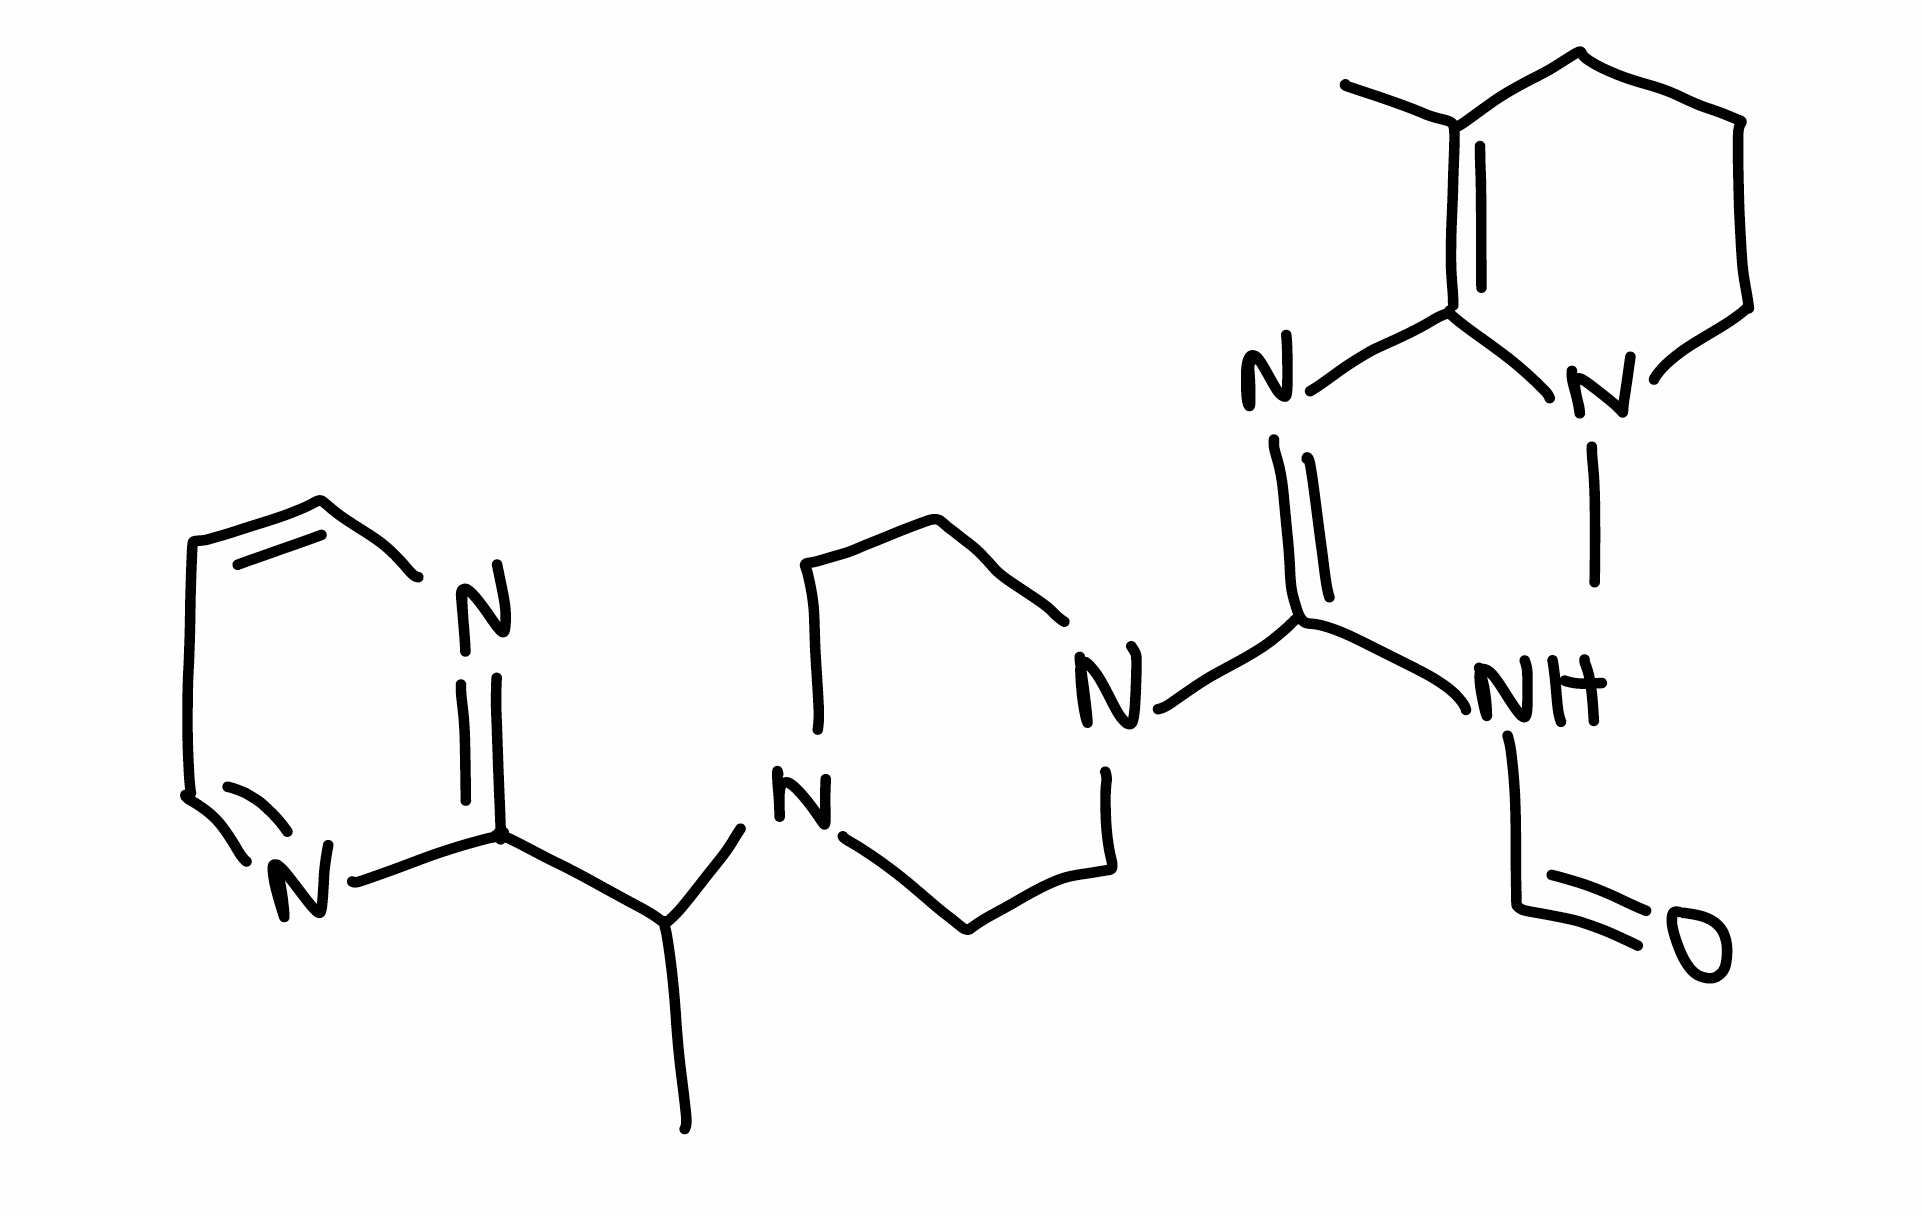
Simplified molecular-input line-entry system (SMILES) notation of the given molecule:
CC1=C(N(CCC1)C)/N=C(\NC=O)/N2CCN(CC2)C(C)C3=NC=CC=N3